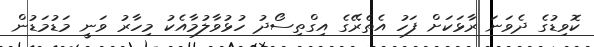
ކޮވިޑުގެ ދެވަނަ ރާޅަކަށް ފަހު އެތެރޭގެ އިގްތިސޯދު ހުޅުވާލުމާއެކު މިހާރު ވަނީ މަޑުމަޑުން